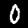
Label: 0